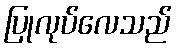
ပြုလုပ်လေသည်